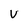
Character: v